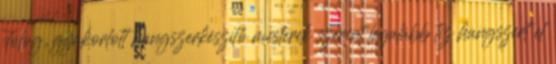
dolog, gyakorlott hangszerkészítő mesterek szerint legalább tíz hangszert el